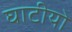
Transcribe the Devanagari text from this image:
घाटीयो